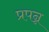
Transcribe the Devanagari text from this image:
प्रपन्न